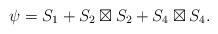
LaTeX: \begin{align*}\psi = S_1 + S_2\boxtimes S_2 + S_4 \boxtimes S_4.\end{align*}